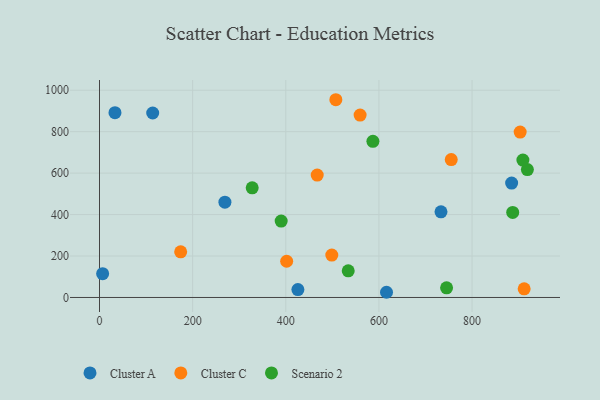
{"axis": {"x": "Distance", "y": "Rating"}, "legend": ["Cluster A", "Cluster C", "Scenario 2"], "data": [{"x": "616.3", "y": 25.1, "type": "Cluster A"}, {"x": "269.3", "y": 459.9, "type": "Cluster A"}, {"x": "885.0", "y": 551.9, "type": "Cluster A"}, {"x": "426.0", "y": 38.3, "type": "Cluster A"}, {"x": "6.7", "y": 114.7, "type": "Cluster A"}, {"x": "114.2", "y": 890.1, "type": "Cluster A"}, {"x": "33.2", "y": 891.4, "type": "Cluster A"}, {"x": "733.3", "y": 413.3, "type": "Cluster A"}, {"x": "467.5", "y": 590.4, "type": "Cluster C"}, {"x": "903.3", "y": 798.1, "type": "Cluster C"}, {"x": "401.9", "y": 174.8, "type": "Cluster C"}, {"x": "559.6", "y": 880.2, "type": "Cluster C"}, {"x": "498.8", "y": 204.5, "type": "Cluster C"}, {"x": "507.5", "y": 954.1, "type": "Cluster C"}, {"x": "755.3", "y": 665.3, "type": "Cluster C"}, {"x": "911.9", "y": 41.7, "type": "Cluster C"}, {"x": "174.3", "y": 220.4, "type": "Cluster C"}, {"x": "587.1", "y": 753.5, "type": "Scenario 2"}, {"x": "918.8", "y": 617.0, "type": "Scenario 2"}, {"x": "327.9", "y": 529.0, "type": "Scenario 2"}, {"x": "534.1", "y": 128.8, "type": "Scenario 2"}, {"x": "909.2", "y": 662.9, "type": "Scenario 2"}, {"x": "390.1", "y": 368.5, "type": "Scenario 2"}, {"x": "745.3", "y": 46.4, "type": "Scenario 2"}, {"x": "887.3", "y": 410.5, "type": "Scenario 2"}]}